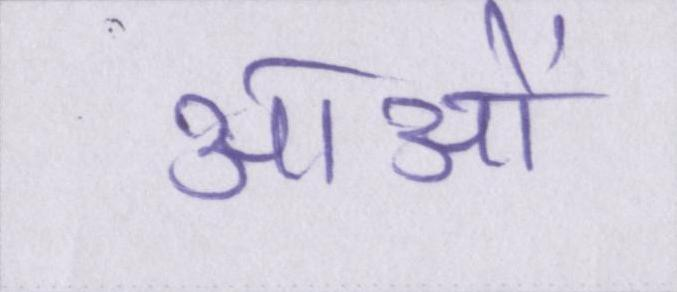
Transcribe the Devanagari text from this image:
आओं